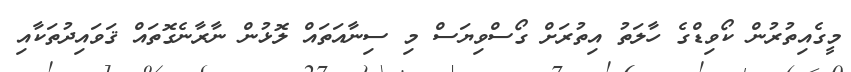
މީގެއިތުރުން ކޯވިޑްގެ ހާލަތު އިތުރަށް ގޯސްވިޔަސް މި ސިނާއަތައް ލޮޅުން ނާރާނެގޮތައް ޤަވައިދުތަކާއި